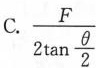
C.\frac{F}{2tan\frac{θ}{2}}